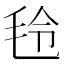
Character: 𣭔